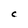
Character: C